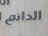
الدانم